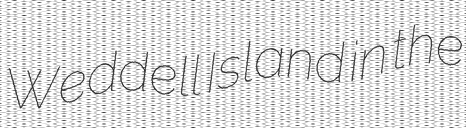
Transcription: Weddell Island in the